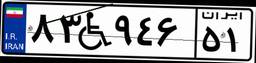
۸۳W۹۴۶۵۱